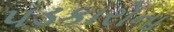
પડકારોના